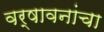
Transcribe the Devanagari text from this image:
वर्षावनांचा